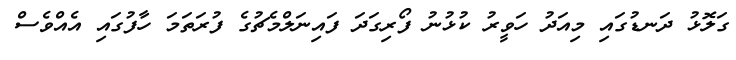
ގަލޮޅު ދަނޑުގައި މިއަދު ހަވީރު ކުޅުނު ފޯރިގަދަ ފައިނަލްމެޗުގެ ފުރަތަމަ ހާފުގައި އެއްވެސް